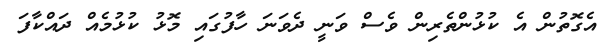
އެގޮތުން އެ ކުޅުންތެރިން ވެސް ވަނީ ދެވަނަ ހާފުގައި މޮޅު ކުޅުމެއް ދައްކާފަ